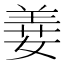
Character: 𦎕